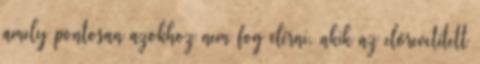
amely pontosan azokhoz nem fog elérni, akik az előrevetített